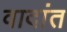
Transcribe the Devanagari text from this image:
वादांत